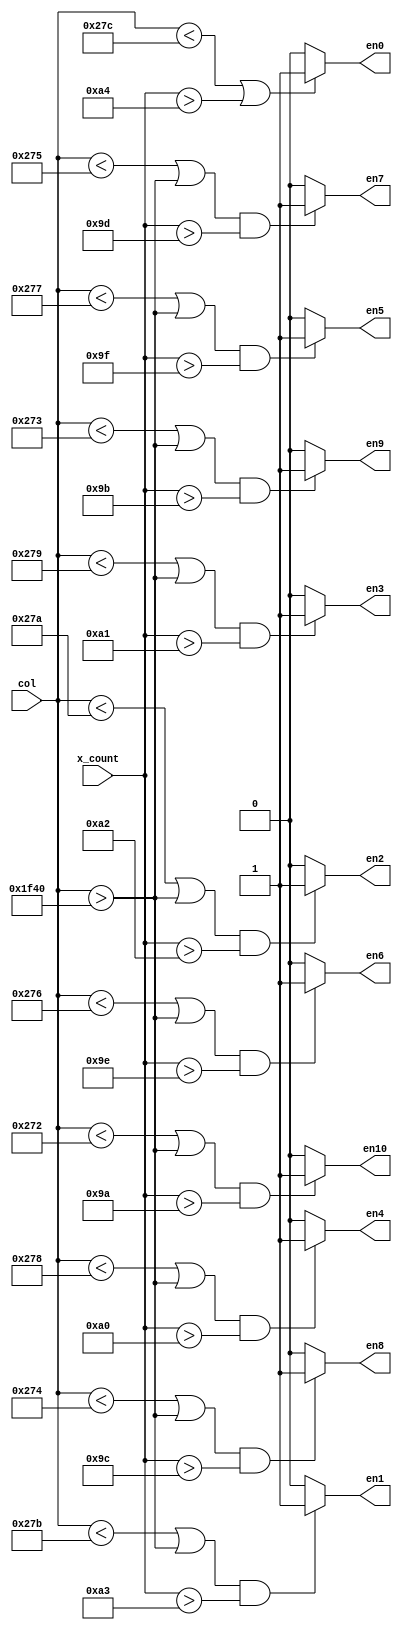
module row_shift_en_gen (
	input [12:0] col,
	input [12:0] x_count,
	output reg en0,
	output reg en1,
	output reg en2,
	output reg en3,
	output reg en4,
	output reg en5,
	output reg en6,
	output reg en7,
	output reg en8,
	output reg en9,
	output reg en10
);

always @(*) begin
	en0 = 1'b0;
	en1 = 1'b0;
	en2 = 1'b0;
	en3 = 1'b0;
	en4 = 1'b0;
	en5 = 1'b0;
	en6 = 1'b0;
	en7 = 1'b0;
	en8 = 1'b0;
	en9 = 1'b0;
	en10 = 1'b0;

	/* C code for if needs range change
	for (int i = 0; i <= 10; i++)
    printf("\tif (col < 13'd0%i || x_count > 13'd0%i) begin\n\t\ten%i = 1'b1;\n\tend\n", 640-i, 799-i, i);
	 */	
	
	if (col < 13'd0636 || x_count > 13'd0164) begin
		en0 = 1'b1;
	end
	if ((col < 13'd0635 || col > 13'd8000) &&  x_count > 13'd0163) begin
		en1 = 1'b1;
	end
	if ((col < 13'd0634 || col > 13'd8000) &&  x_count > 13'd0162) begin
		en2 = 1'b1;
	end
	if ((col < 13'd0633 || col > 13'd8000) &&  x_count > 13'd0161) begin
		en3 = 1'b1;
	end
	if ((col < 13'd0632 || col > 13'd8000) &&  x_count > 13'd0160) begin
		en4 = 1'b1;
	end
	if ((col < 13'd0631 || col > 13'd8000) &&  x_count > 13'd0159) begin
		en5 = 1'b1;
	end
	if ((col < 13'd0630 || col > 13'd8000) &&  x_count > 13'd0158) begin
		en6 = 1'b1;
	end
	if ((col < 13'd0629 || col > 13'd8000) &&  x_count > 13'd0157) begin
		en7 = 1'b1;
	end
	if ((col < 13'd0628 || col > 13'd8000) &&  x_count > 13'd0156) begin
		en8 = 1'b1;
	end
	if ((col < 13'd0627 || col > 13'd8000) &&  x_count > 13'd0155) begin
		en9 = 1'b1;
	end
	if ( (col < 13'd0626 || col > 13'd8000) && x_count > 13'd0154) begin
		en10 = 1'b1;
	end

	
end

endmodule